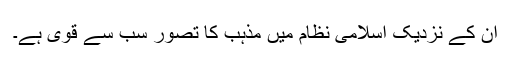
ان کے نزدیک اسلامی نظام میں مذہب کا تصور سب سے قوی ہے۔